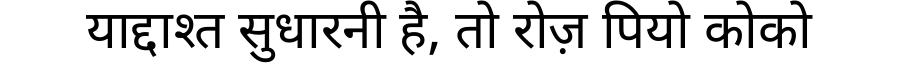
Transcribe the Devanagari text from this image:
याद्दाश्त सुधारनी है, तो रोज़ पियो कोको